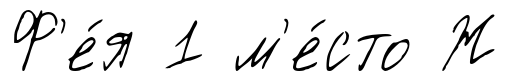
Ф'е́я 1 м'е́сто Ж